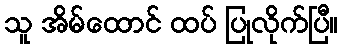
သူ အိမ်ထောင် ထပ် ပြုလိုက်ပြီ။